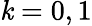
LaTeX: \mathit{k}=0,1